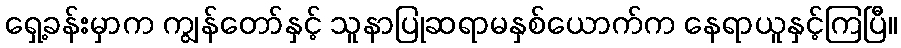
ရှေ့ခန်းမှာက ကျွန်တော်နှင့် သူနာပြုဆရာမနှစ်ယောက်က နေရာယူနှင့်ကြပြီ။